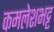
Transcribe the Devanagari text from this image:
कमलेशभट्ट